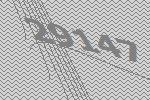
29147